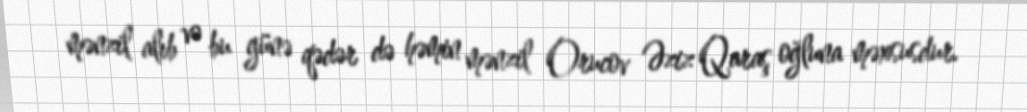
mənzil alıb və bu günə qədər də həmin mənzil Orucov Əziz Qaraş oğluna məxsusdur.